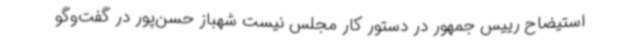
استیضاح رییس جمهور در دستور کار مجلس نیست شهباز حسن‌پور در گفت‌وگو